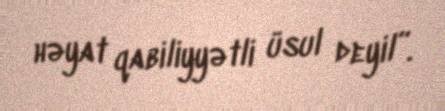
həyat qabiliyyətli üsul deyil”.